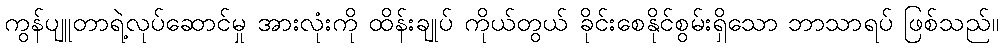
ကွန်ပျူတာရဲ့လုပ်ဆောင်မှု အားလုံးကို ထိန်းချုပ် ကိုယ်တွယ် ခိုင်းစေနိုင်စွမ်းရှိသော ဘာသာရပ် ဖြစ်သည်။